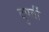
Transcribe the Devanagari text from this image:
दुपर्ती